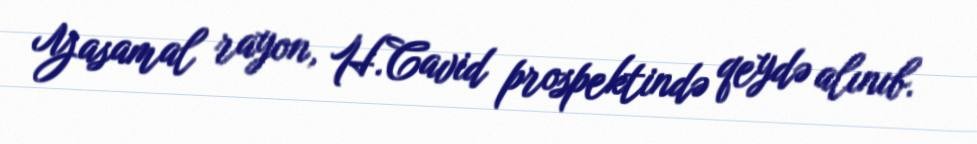
Yasamal rayon, H.Cavid prospektində qeydə alınıb.